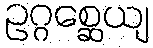
ဥဂ္ဂစ္ဆေယျ